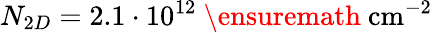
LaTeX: N_{2D}=2.1\cdot 10^{12}~\ensuremath{~\mathrm{cm}^{-2}}